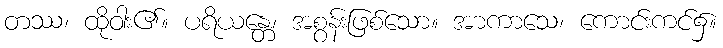
တဿ၊ ထိုဝါး၏။ ပရိယန္တေ၊ အစွန်းဖြစ်သော။ အာကာသေ၊ ကောင်းကင်၌။